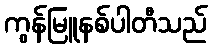
ကွန်မြူနစ်ပါတီသည်